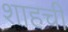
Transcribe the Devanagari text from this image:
शाहची